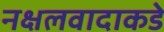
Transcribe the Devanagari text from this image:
नक्षलवादाकडे